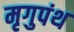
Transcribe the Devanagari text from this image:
मृगुपंथ